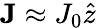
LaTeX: \mathbf{J}\approx J_{0}\hat{z}